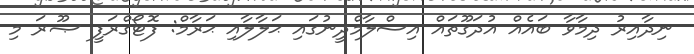
ނިދާއިރު ދިމާވާ ބައެއް އުދަގޫތައް އިސްލާމްދީނުގައި ޙަލާލާއި ޙަރާމް: ފޮޓޯގްރަފީ ޞޫރަ މި